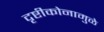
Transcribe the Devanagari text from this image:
दृष्टीकोनामुळे